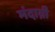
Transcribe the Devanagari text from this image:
मंदाग्नी